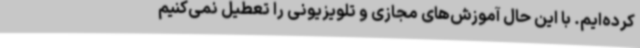
کرده‌ایم. با این حال آموزش‌های مجازی و تلویزیونی را تعطیل نمی‌کنیم